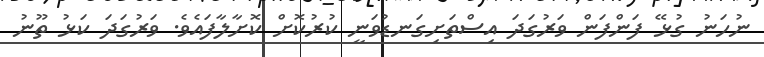
ނުހަނު ގުޅޭ ފަންފަން ވަރުގަދަ އިސްތަށިގަނޑުވަނީ ކުރުކޮށް ކޮށާލާފައެވެ. ވަރުގަދަ ކަޅު ތޫނު